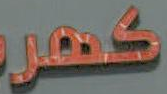
گهر